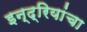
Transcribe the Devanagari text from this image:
इन्द्रियांचा